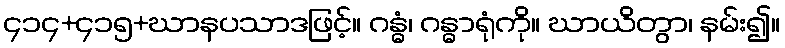
၄၁၄+၄၁၅+ဃာနပသာဒဖြင့်။ ဂန္ဓံ၊ ဂန္ဓာရုံကို။ ဃာယိတွာ၊ နမ်း၍။